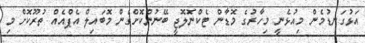
އަޅުގަނޑުމެން މިއުޅެނީ މިހާރުގެ މޮޑާން ޓެކްނޮލޮޖީ ބޭނުންކޮށްގެން މޮބައިލް އެޕްއެއް ތުރޫކޮށް މި